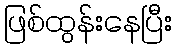
ဖြစ်ထွန်းနေပြီး